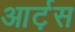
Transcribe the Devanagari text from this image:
आर्ट़स